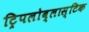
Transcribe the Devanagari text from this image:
ट्रिपलोब्लास्टिक